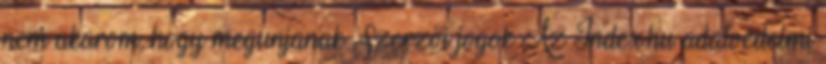
nem akarom, hogy megunjanak Szerzői jogok Az Index.hu adatvédelmi